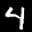
Label: 4